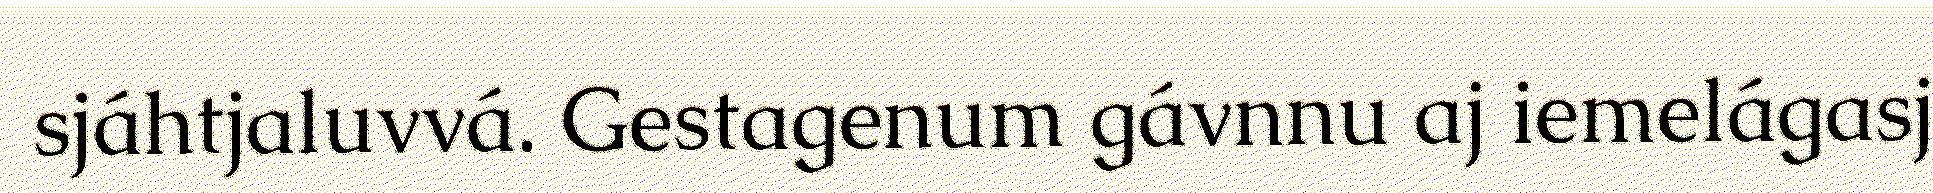
sjáhtjaluvvá. Gestagenum gávnnu aj iemelágasj